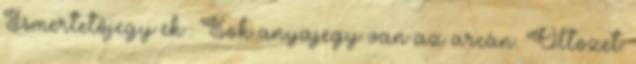
Ismertetőjegy ek : Sok anyajegy van az arcán. Öltözet: